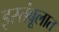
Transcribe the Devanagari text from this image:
इस्तंबूलात